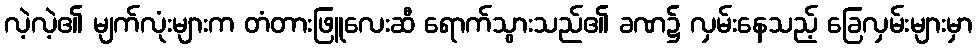
လဲ့လဲ့၏ မျက်လုံးများက တံတားဖြူလေးဆီ ရောက်သွားသည်၏ ခဏ၌ လှမ်းနေသည့် ခြေလှမ်းများမှာ